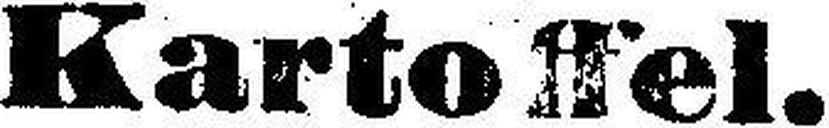
Kartoffel.